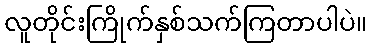
လူတိုင်းကြိုက်နှစ်သက်ကြတာပါပဲ။